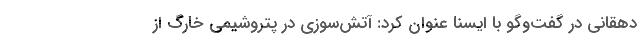
دهقانی در گفت‌وگو با ایسنا عنوان کرد: آتش‌سوزی در پتروشیمی خارگ از